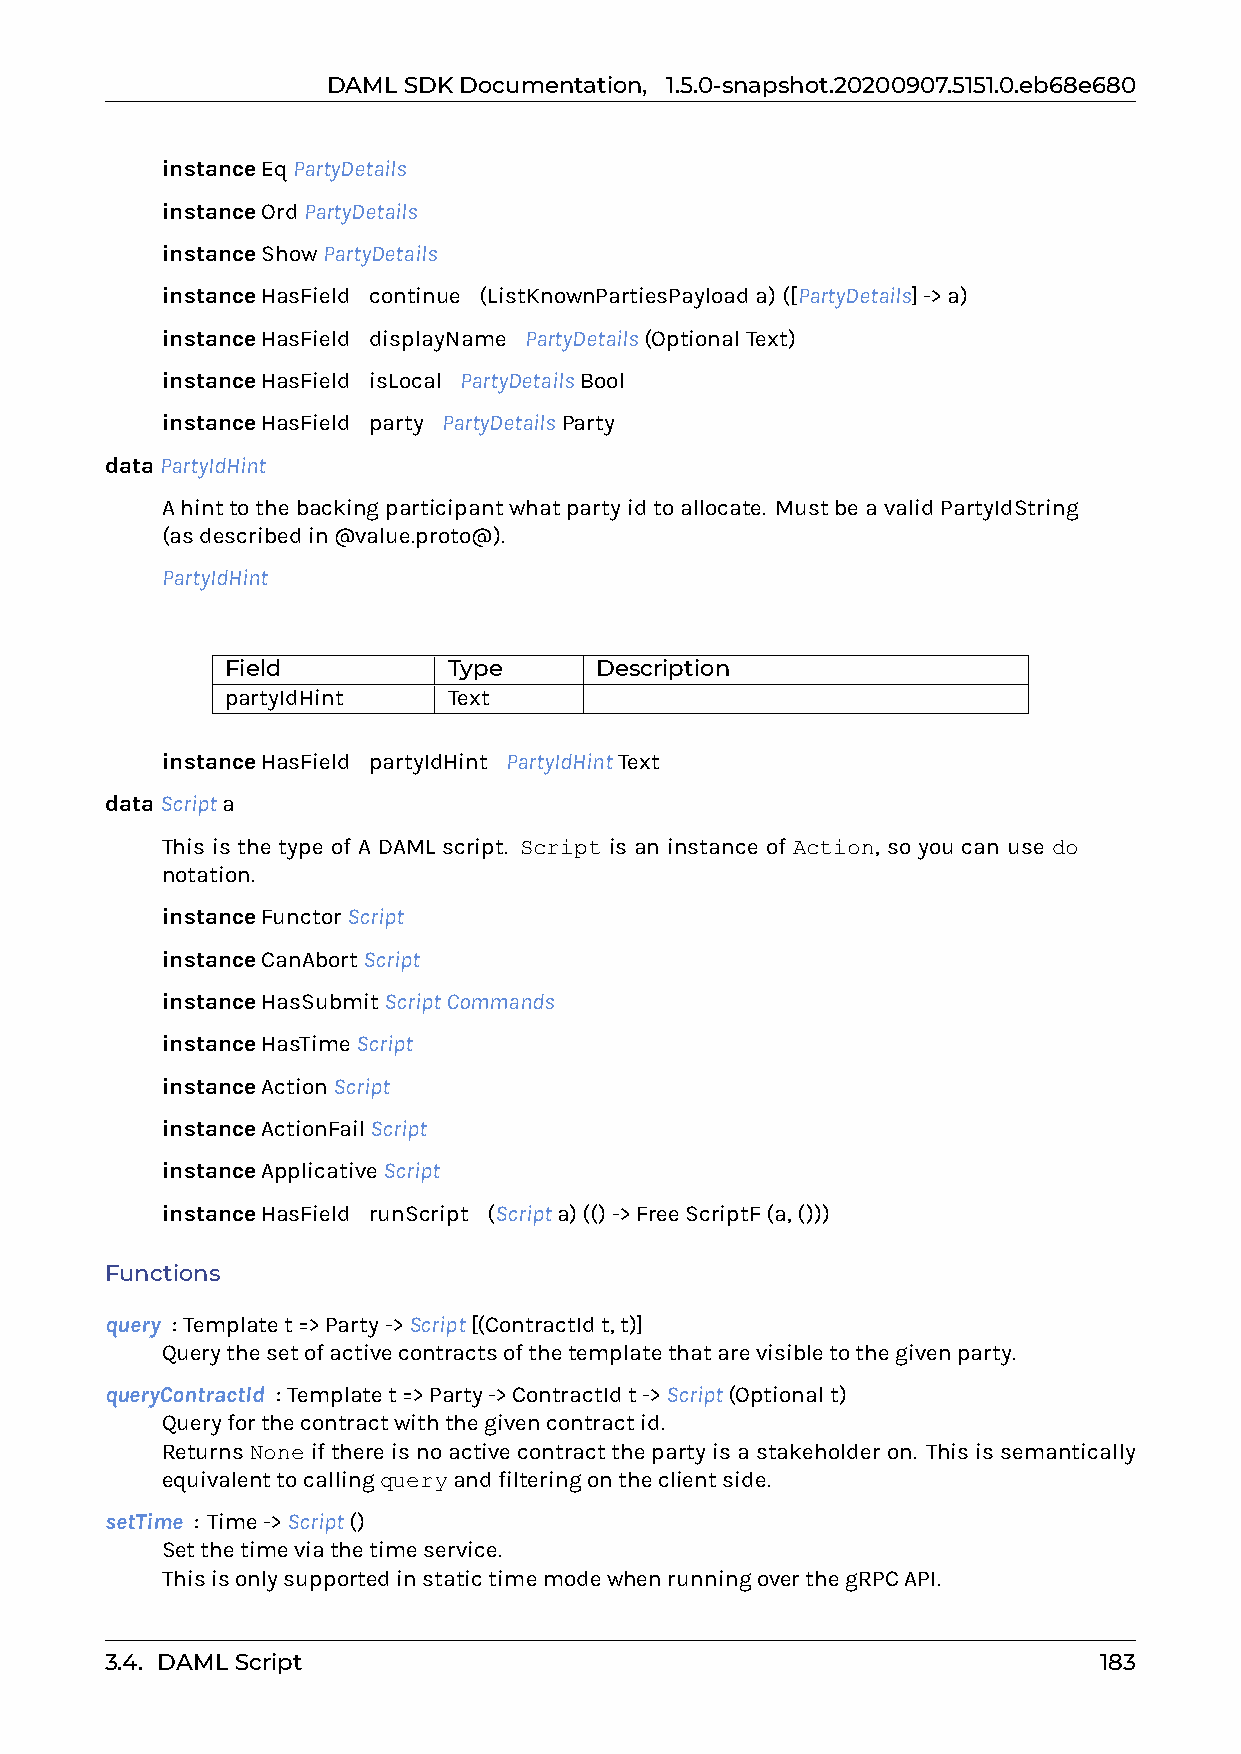
DAMLSDKDocumentation, 1.5.0-snapshot.20200907.5151.0.eb68e680
 instanceEqPartyDetails
 instanceOrdPartyDetails
 instanceShowPartyDetails
 instanceHasField0continue0(ListKnownPartiesPayloada)([PartyDetails]->a)
 instanceHasField0displayName0PartyDetails(OptionalText)
 instanceHasField0isLocal0PartyDetailsBool
 instanceHasField0party0PartyDetailsParty
 dataPartyIdHint
 Ahinttothebackingparticipantwhatpartyidtoallocate. MustbeavalidPartyIdString
 (asdescribedin@value.proto@).
 PartyIdHint
 Field          Type     Description
 partyIdHint    Text
 instanceHasField0partyIdHint0PartyIdHintText
 dataScripta
 This is the type of A DAML script. Script is an instance of Action, so you can use do
 notation.
 instanceFunctorScript
 instanceCanAbortScript
 instanceHasSubmitScriptCommands
 instanceHasTimeScript
 instanceActionScript
 instanceActionFailScript
 instanceApplicativeScript
 instanceHasField0runScript0(Scripta)(()->FreeScriptF(a,()))
 Functions
 query : Templatet=>Party->Script[(ContractIdt,t)]
 Querythesetofactivecontractsofthetemplatethatarevisibletothegivenparty.
 queryContractId : Templatet=>Party->ContractIdt->Script(Optionalt)
 Queryforthecontractwiththegivencontractid.
 ReturnsNoneifthereisnoactivecontractthepartyisastakeholderon. Thisissemantically
 equivalenttocallingqueryandfilteringontheclientside.
 setTime : Time->Script()
 Setthetimeviathetimeservice.
 ThisisonlysupportedinstatictimemodewhenrunningoverthegRPCAPI.
 3.4. DAMLScript                                                   183